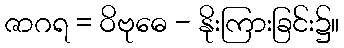
ဇာဂရ = ဝိဗုဓေ - နိုးကြားခြင်း၌။